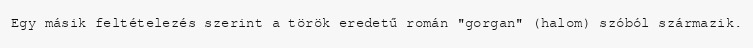
Egy másik feltételezés szerint a török eredetű román "gorgan" (halom) szóból származik.